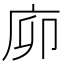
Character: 㡻